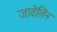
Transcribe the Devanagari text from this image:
जावेलिन